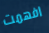
افهمت